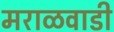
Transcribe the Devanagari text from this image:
मराळवाडी